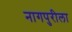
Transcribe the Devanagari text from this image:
नागपुरीला